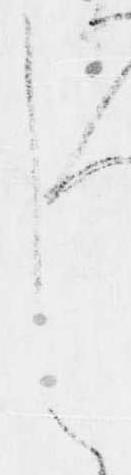
し